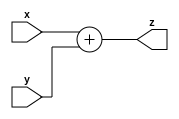
module adder(
    input[31:0] x,
    input[31:0] y,
    output[31:0] z
);
assign z=x+y;
endmodule